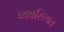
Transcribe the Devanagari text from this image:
व्यवस्त्थित